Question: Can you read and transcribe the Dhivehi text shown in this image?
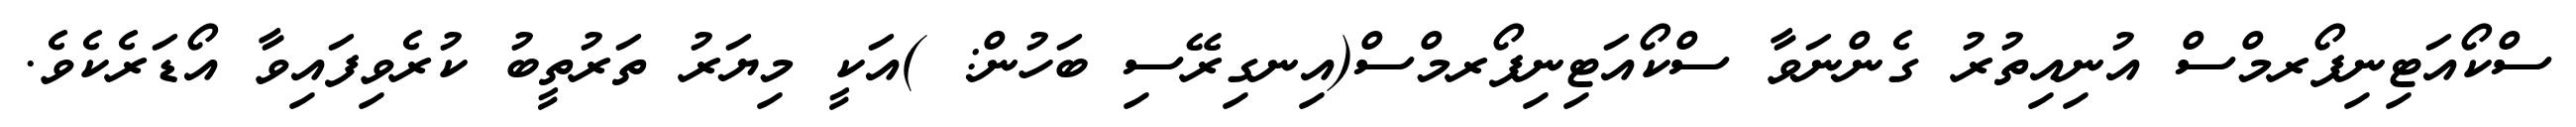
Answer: ސްކޯއަޓިނިފޯރމްސް އުނިއިތުރު ގެންނަވާ ސްކޯއަޓިނިފޯރމްސް(އިނގިރޭސި ބަހުން: )އަކީ މިޔަރު ތަރުތީބު ކުރެވިފައިވާ އޯޑަރެކެވެ.